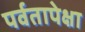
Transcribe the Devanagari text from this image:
पर्वतापेक्षा